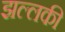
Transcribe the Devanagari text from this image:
झल्लकी